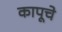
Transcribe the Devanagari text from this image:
कापूचे